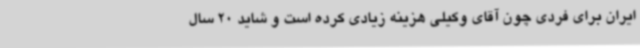
ایران برای فردی چون آقای وکیلی هزینه زیادی کرده است و شاید 20 سال